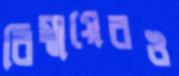
বিস্ময়েরও